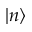
| n \rangle